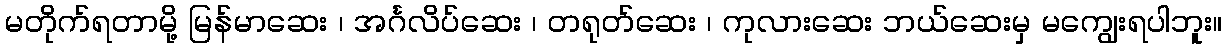
မတိုက်ရတာမို့ မြန်မာဆေး ၊ အင်္ဂလိပ်ဆေး ၊ တရုတ်ဆေး ၊ ကုလားဆေး ဘယ်ဆေးမှ မကျွေးရပါဘူး။